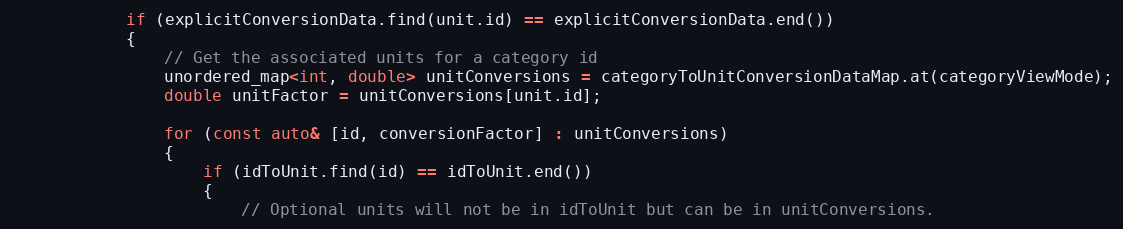
Language: C++
            if (explicitConversionData.find(unit.id) == explicitConversionData.end())
            {
                // Get the associated units for a category id
                unordered_map<int, double> unitConversions = categoryToUnitConversionDataMap.at(categoryViewMode);
                double unitFactor = unitConversions[unit.id];

                for (const auto& [id, conversionFactor] : unitConversions)
                {
                    if (idToUnit.find(id) == idToUnit.end())
                    {
                        // Optional units will not be in idToUnit but can be in unitConversions.